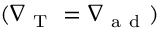
( \nabla _ { \mathrm { ~ T ~ } } = \nabla _ { \mathrm { ~ a ~ d ~ } } )